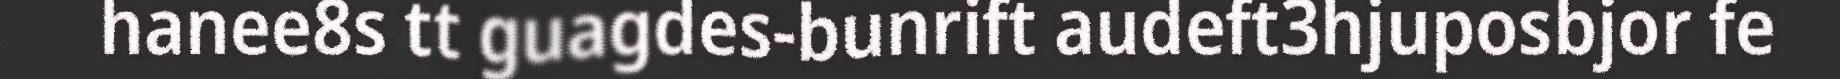
hanee8s tt guagdes-bunrift audeft3hjuposbjor fe